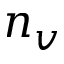
n _ { v }